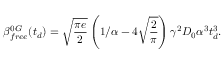
\beta _ { f r e e } ^ { 0 G } ( t _ { d } ) = \sqrt { \frac { \pi e } { 2 } } \left( 1 / \alpha - 4 \sqrt { \frac { 2 } { \pi } } \right) \gamma ^ { 2 } D _ { 0 } \alpha ^ { 3 } t _ { d } ^ { 3 } .